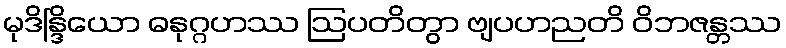
မုဒိန္ဒြိယော ဓနုဂ္ဂဟဿ ဩပတိတွာ ဗျပဟညတိ ဝိဘဇန္တဿ